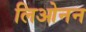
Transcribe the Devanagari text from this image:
लिओनन